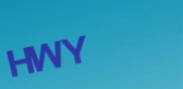
HWY